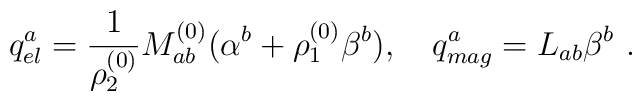
q_{el}^a = {1\over \rho_2^{(0)}} M_{ab}^{(0)} (\alpha^b + \rho_1^{(0)}\beta^b), \quad q^a_{mag} = L_{ab}\beta^b ~.